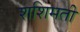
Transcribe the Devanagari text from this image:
शशिमती